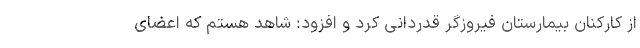
از کارکنان بیمارستان فیروزگر قدردانی کرد و افزود: شاهد هستم که اعضای